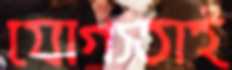
যোগ্যতাই